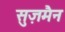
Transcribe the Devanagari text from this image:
सुज़मैन